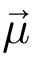
\vec { \mu }